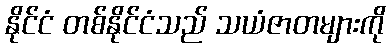
နိုင်ငံ တစ်နိုင်ငံသည် သယံဇာတများကို